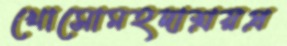
খোসোমহদাশ্রয়প্র